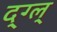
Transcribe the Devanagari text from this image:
द्ग्ल्